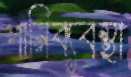
পানিব্যবস্থা